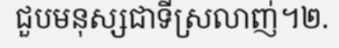
ជួបមនុស្សជាទីស្រលាញ់។២.